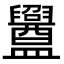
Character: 𥃝